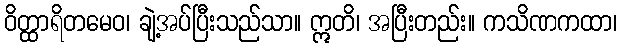
ဝိတ္ထာရိတမေဝ၊ ချဲ့အပ်ပြီးသည်သာ။ ဣတိ၊ အပြီးတည်း။ ကသိဏကထာ၊